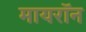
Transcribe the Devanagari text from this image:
मायरॉन